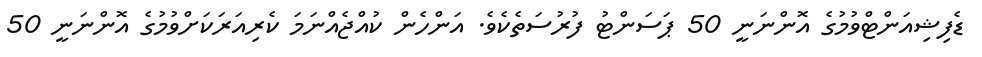
ޑެފިޝިއަންޓްވުމުގެ އޮންނަނީ 50 ޕަސަންޓު ފުރުސަތެކެވެ. އަންހެން ކުއްޖެއްނަމަ ކެރިއަރަކަށްވުމުގެ އޮންނަނީ 50